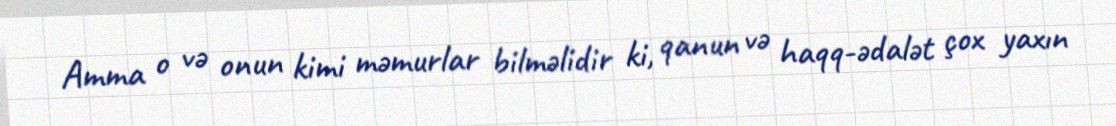
Amma o və onun kimi məmurlar bilməlidir ki, qanun və haqq-ədalət çox yaxın